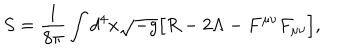
LaTeX: S = \frac { 1 } { 8 \pi } \int d ^ { 4 } x \sqrt { - g } { \bigl [ } R - 2 \Lambda - F ^ { \mu \nu } F _ { \mu \nu } { \bigr ] } ,